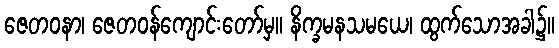
ဇေတဝနာ၊ ဇေတဝန်ကျောင်းတော်မှ။ နိက္ခမနသမယေ၊ ထွက်သောအခါ၌။